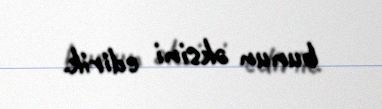
bunun əksini edirik.